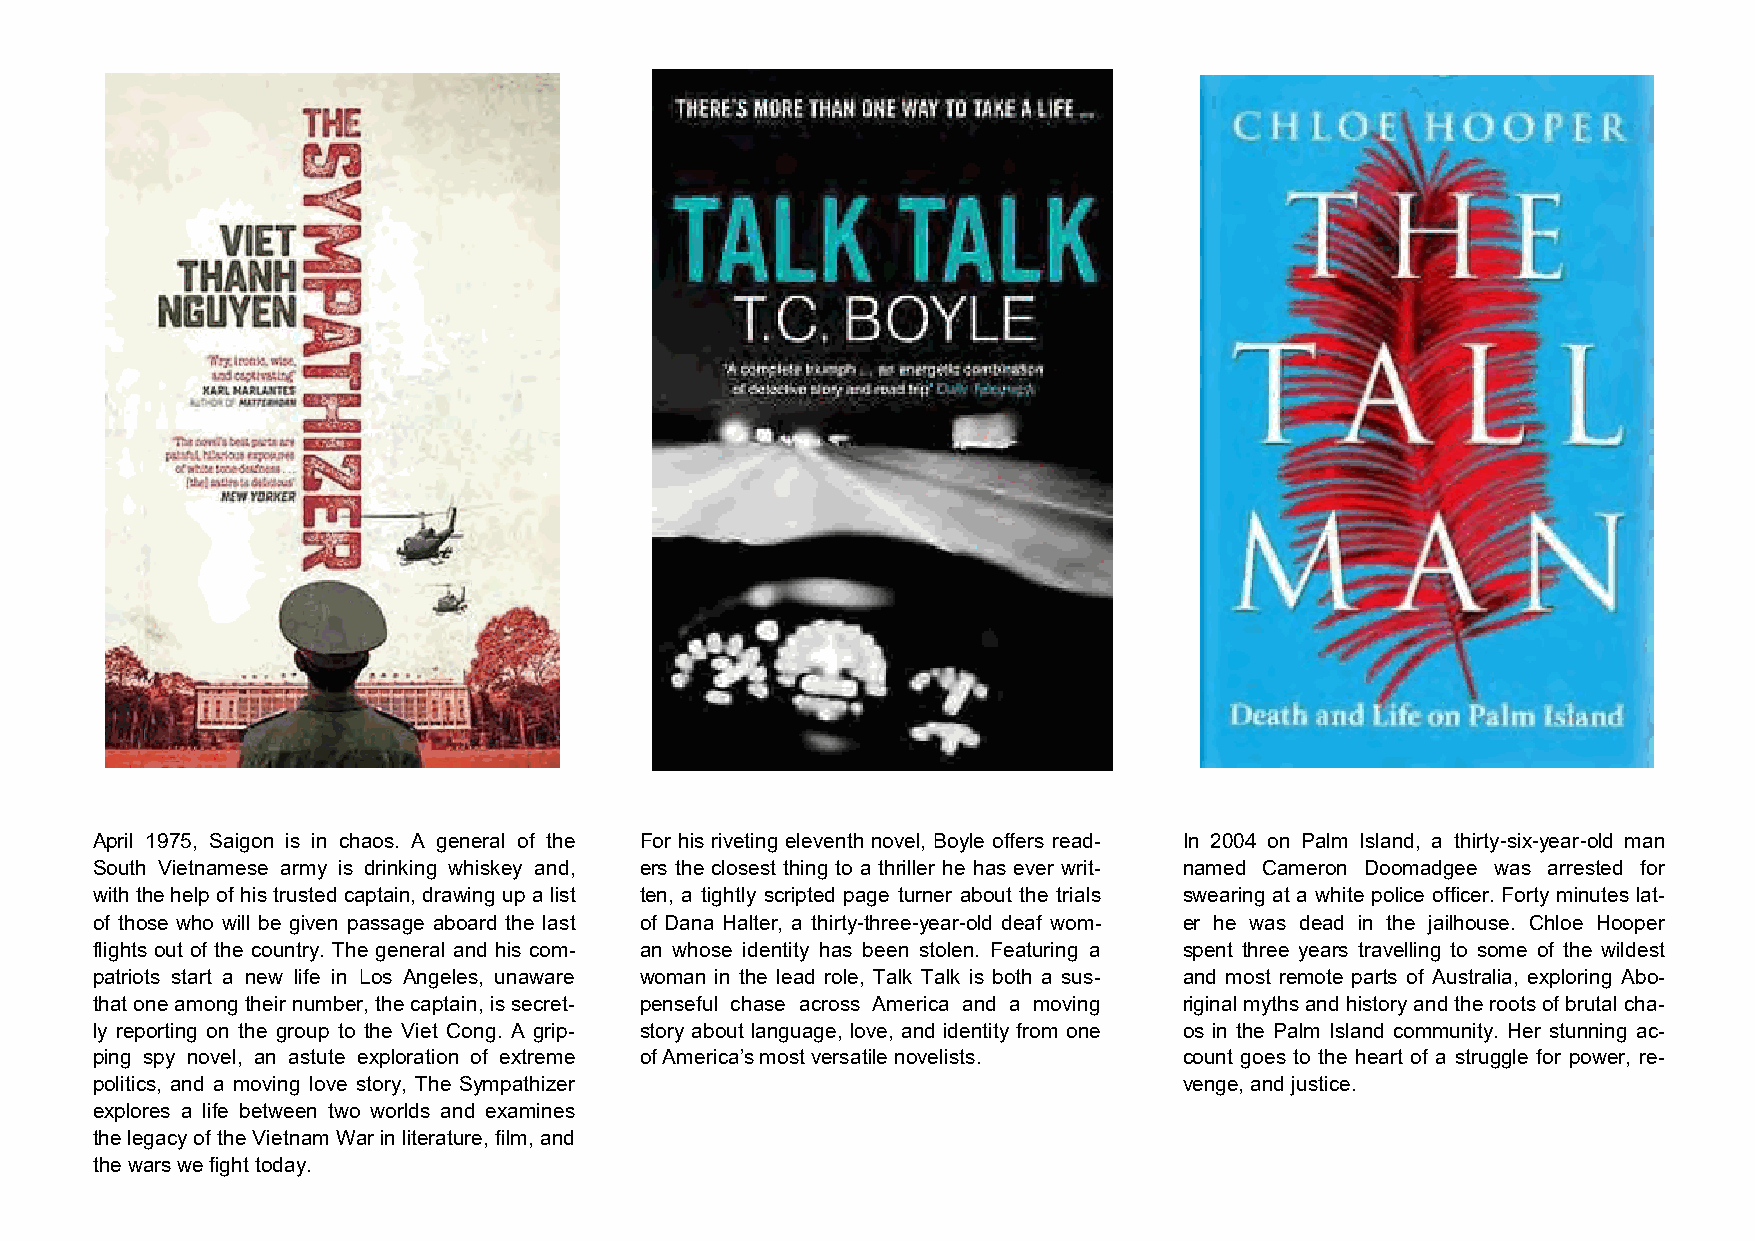
April 1975, Saigon is in chaos. A general of the For his riveting eleventh novel, Boyle offers read- In 2004 on Palm Island, a thirty-six-year-old man
 South Vietnamese army is drinking whiskey and, ers the closest thing to a thriller he has ever writ- named Cameron Doomadgee was arrested for
 with the help of his trusted captain, drawing up a list ten, a tightly scripted page turner about the trials swearing at a white police officer. Forty minutes lat-
 of those who will be given passage aboard the last of Dana Halter, a thirty-three-year-old deaf wom- er he was dead in the jailhouse. Chloe Hooper
 flights out of the country. The general and his com- an whose identity has been stolen. Featuring a spent three years travelling to some of the wildest
 patriots start a new life in Los Angeles, unaware woman in the lead role, Talk Talk is both a sus- and most remote parts of Australia, exploring Abo-
 that one among their number, the captain, is secret- penseful chase across America and a moving riginal myths and history and the roots of brutal cha-
 ly reporting on the group to the Viet Cong. A grip- story about language, love, and identity from one os in the Palm Island community. Her stunning ac-
 ping spy novel, an astute exploration of extreme of America’s most versatile novelists. count goes to the heart of a struggle for power, re-
 politics, and a moving love story, The Sympathizer                      venge, and justice.
 explores a life between two worlds and examines
 the legacy of the Vietnam War in literature, film, and
 the wars we fight today.